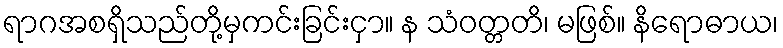
ရာဂအစရှိသည်တို့မှကင်းခြင်းငှာ။ န သံဝတ္တတိ၊ မဖြစ်။ နိရောဓာယ၊